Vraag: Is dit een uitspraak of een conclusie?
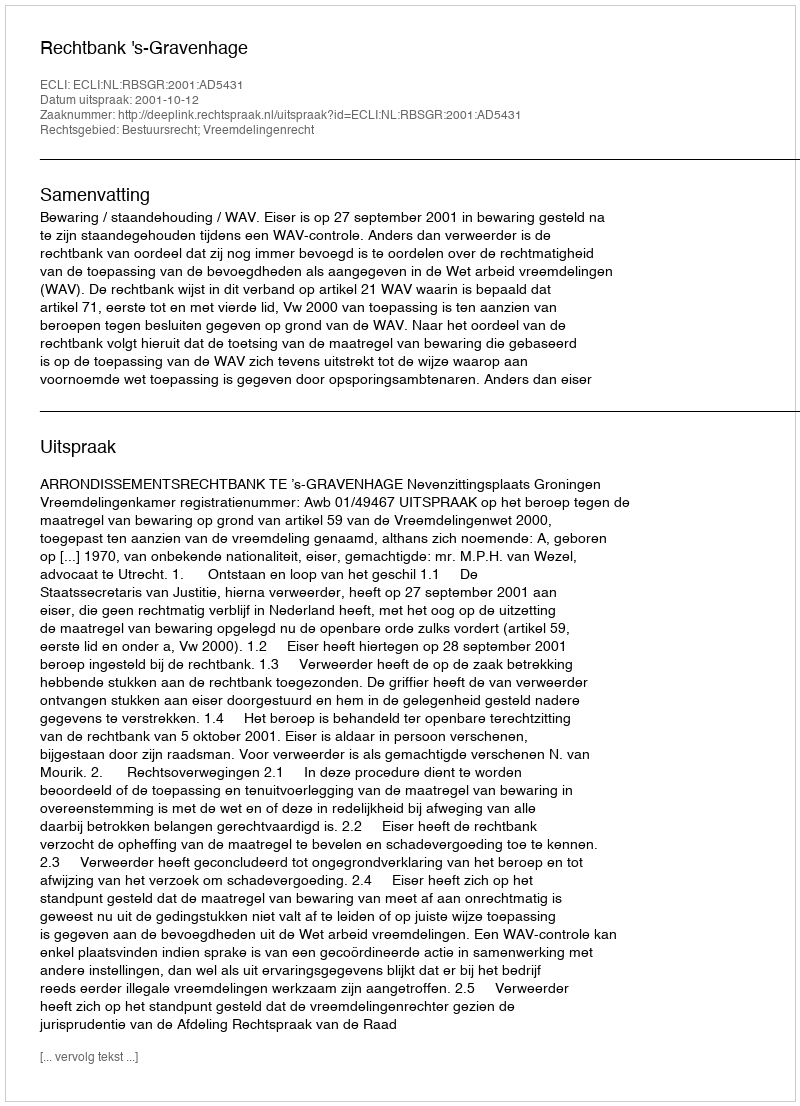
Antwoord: Uitspraak